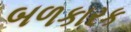
બળકારક